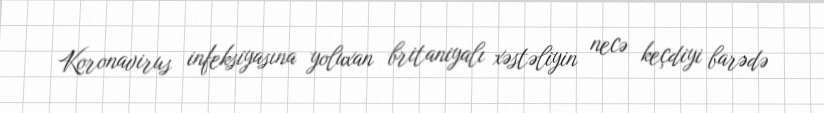
Koronavirus infeksiyasına yoluxan britaniyalı xəstəliyin necə keçdiyi barədə